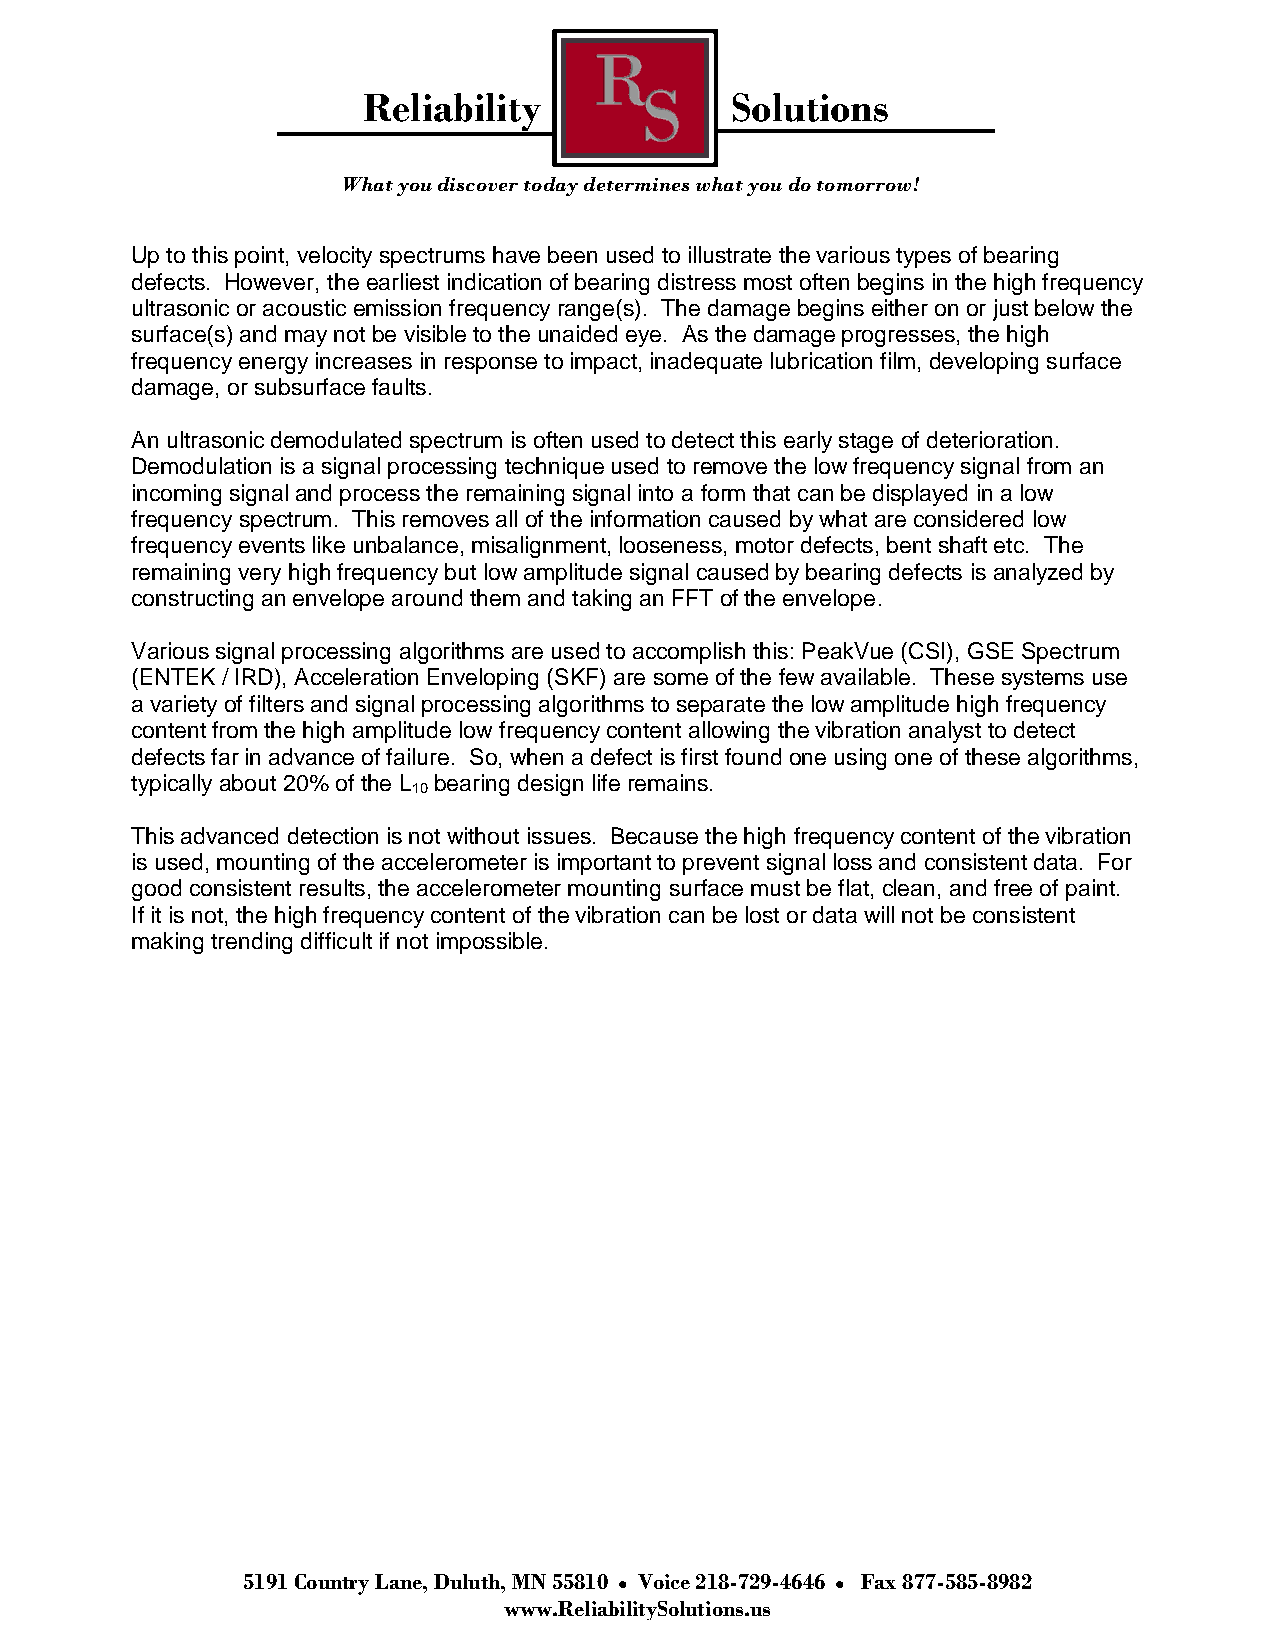
Reliability             Solutions
 What you discover today determines what you do tomorrow!
 Up to this point, velocity spectrums have been used to illustrate the various types of bearing
 defects. However, the earliest indication of bearing distress most often begins in the high frequency
 ultrasonic or acoustic emission frequency range(s). The damage begins either on or just below the
 surface(s) and may not be visible to the unaided eye. As the damage progresses, the high
 frequency energy increases in response to impact, inadequate lubrication film, developing surface
 damage, or subsurface faults.
 An ultrasonic demodulated spectrum is often used to detect this early stage of deterioration.
 Demodulation is a signal processing technique used to remove the low frequency signal from an
 incoming signal and process the remaining signal into a form that can be displayed in a low
 frequency spectrum. This removes all of the information caused by what are considered low
 frequency events like unbalance, misalignment, looseness, motor defects, bent shaft etc. The
 remaining very high frequency but low amplitude signal caused by bearing defects is analyzed by
 constructing an envelope around them and taking an FFT of the envelope.
 Various signal processing algorithms are used to accomplish this: PeakVue (CSI), GSE Spectrum
 (ENTEK / IRD), Acceleration Enveloping (SKF) are some of the few available. These systems use
 a variety of filters and signal processing algorithms to separate the low amplitude high frequency
 content from the high amplitude low frequency content allowing the vibration analyst to detect
 defects far in advance of failure. So, when a defect is first found one using one of these algorithms,
 typically about 20% of the L bearing design life remains.
 10
 This advanced detection is not without issues. Because the high frequency content of the vibration
 is used, mounting of the accelerometer is important to prevent signal loss and consistent data. For
 good consistent results, the accelerometer mounting surface must be flat, clean, and free of paint.
 If it is not, the high frequency content of the vibration can be lost or data will not be consistent
 making trending difficult if not impossible.
 5191 Country Lane, Duluth, MN 55810 Voice 218-729-4646 Fax 877-585-8982
 www.ReliabilitySolutions.us